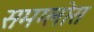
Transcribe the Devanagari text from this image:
समग्लोस